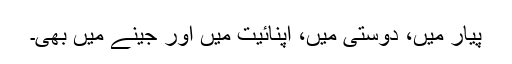
پیار میں، دوستی میں، اپنائیت میں اور جینے میں بھی۔